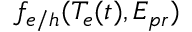
f _ { e / h } ( T _ { e } ( t ) , E _ { p r } )